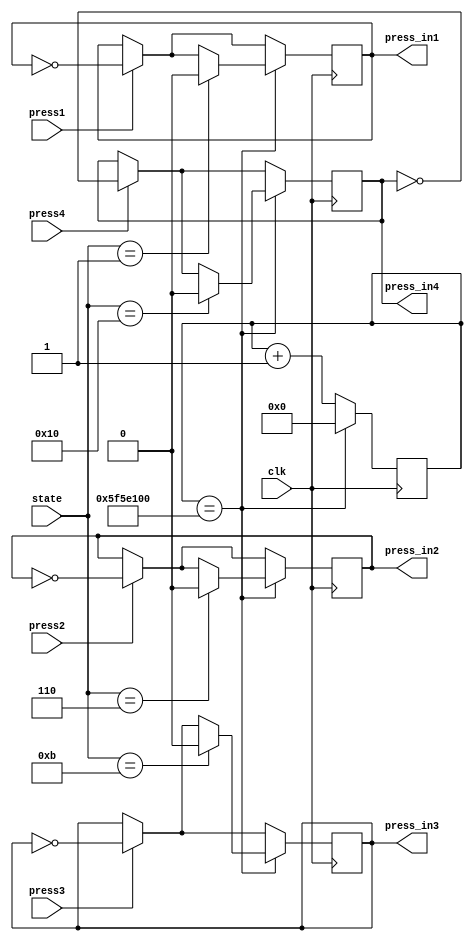
`timescale 1ns / 1ps
//////////////////////////////////////////////////////////////////////////////////
// Company: 
// Engineer: 
// 
// Design Name: 
// Module Name: in_btn
// Project Name: 
// Target Devices: 
// Tool Versions: 
// Description: 
// 
// Dependencies: 
// 
// Revision:
// Revision 0.01 - File Created
// Additional Comments:
// 
//////////////////////////////////////////////////////////////////////////////////


module in_btn(
	input wire clk,
	input wire press1,
	input wire press2,
	input wire press3,
	input wire press4,
	output reg press_in1 = 0,
	output reg press_in2 = 0,
	output reg press_in3 = 0,
	output reg press_in4 = 0,
	input wire[4:0] state
    );
	
	parameter max=100000000; //2
	reg[30:0] n;
	
	always @(posedge clk)
	begin
		if(press1)
			press_in1 <= ~press_in1;
		if(press2)
			press_in2 <= ~press_in2;
		if(press3)
			press_in3 <= ~press_in3;
		if(press4)
			press_in4 <= ~press_in4;
		
		
		if(n == max)
		begin
			n <= 0;
			case(state)
			5'b00000://
				begin

				end
			5'b00001://1 1
				begin
				press_in1 <= 0;
				end
			5'b00010://1 2
				begin
					
				end
			5'b00011://1 3
				begin
					
				end
			5'b00100://1 4
				begin
					
				end
			5'b00101://2 1
				begin
					
				end
			5'b00110://2 2
				begin
				press_in2 <= 0;
				end
			5'b00111://2 3
				begin
					
				end
			5'b01000://2 4
				begin
					
				end
			5'b01001://3 1
				begin
					
				end
			5'b01010://3 2
				begin
					
				end
			5'b01011://3 3
				begin
				press_in3 <= 0;
				end
			5'b01100://3 4
				begin
					
				end
			5'b01101://4 1
				begin
					
				end
			5'b01110://4 2
				begin
					
				end
			5'b01111://4 3
				begin
					
				end
			5'b10000://4 4
				begin
				press_in4 <= 0;
				end
			endcase
		end
		else n <= n + 1;
	end
	
	
endmodule